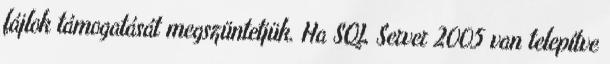
fájlok támogatását megszüntetjük. Ha SQL Server 2005 van telepítve